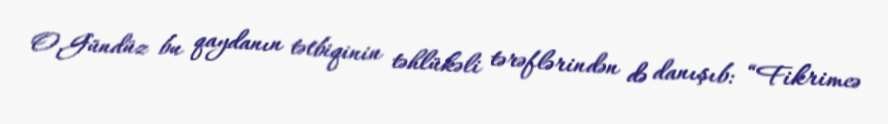
O.Gündüz bu qaydanın tətbiqinin təhlükəli tərəflərindən də danışıb: “Fikrimcə